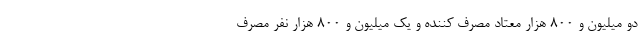
دو میلیون و ۸۰۰ هزار معتاد مصرف کننده و یک میلیون و ۸۰۰ هزار نفر مصرف